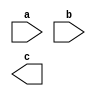
module top(input a, b, output c);
bb #(1) bb();
endmodule

module bb(input a, b, output c);
parameter p = 0;
assign c = a ^ b;
endmodule